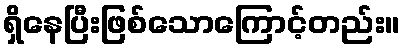
ရှိနေပြီးဖြစ်သောကြောင့်တည်း။